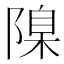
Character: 𨻄